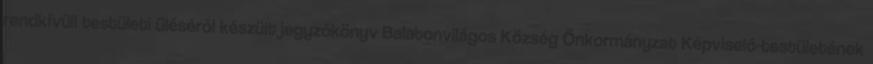
rendkívüli testületi üléséről készült jegyzőkönyv Balatonvilágos Község Önkormányzat Képviselő-testületének